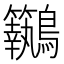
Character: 𪈢